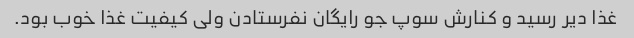
غذا دیر رسید و کنارش سوپ جو رایگان نفرستادن ولی کیفیت غذا خوب بود.